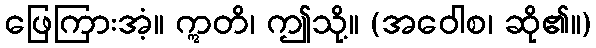
ဖြေကြားအံ့။ ဣတိ၊ ဤသို့။ (အဝေါစ၊ ဆို၏။)